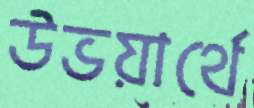
উভয়ার্থে